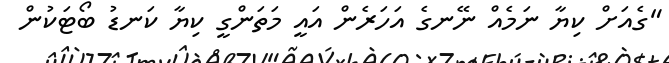
"ގެއަށް ކިޔާ ނަމެއް ނޭނގެ އަހަރެން އައީ މަތަންގީ ކިޔާ ކަނޑު ބޯޓަކުން